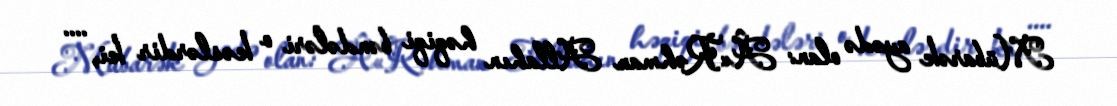
Mübarək ayədə olan: Â«Rəhman Allahın həqiqi bəndələri o kəslərdir ki, ....